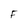
Character: F